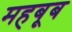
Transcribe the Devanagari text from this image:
महबूब